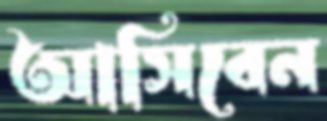
আসিবেন